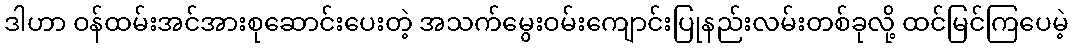
ဒါဟာ ဝန်ထမ်းအင်အားစုဆောင်းပေးတဲ့ အသက်မွေးဝမ်းကျောင်းပြုနည်းလမ်းတစ်ခုလို့ ထင်မြင်ကြပေမဲ့